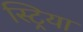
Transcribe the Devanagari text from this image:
स्ट्रिया